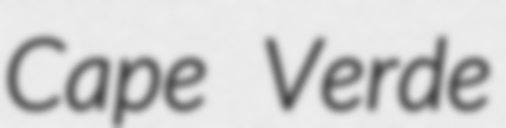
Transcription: Cape Verde